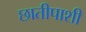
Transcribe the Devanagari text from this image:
छातीपाशी